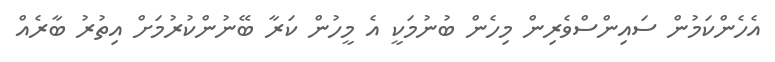
އެހެންކަމުން ސައިންސްވެރިން މިހެން ބުނުމަކީ އެ މީހުން ކަރާ ބޭނުންކުރުމަށް އިތުރު ބާރެއް